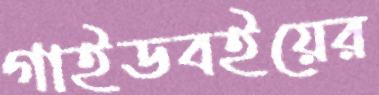
গাইডবইয়ের